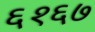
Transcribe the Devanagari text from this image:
६१६७